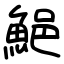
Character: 䱒